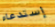
إستدعاء